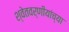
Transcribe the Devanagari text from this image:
श्वेतवर्णीयांच्या